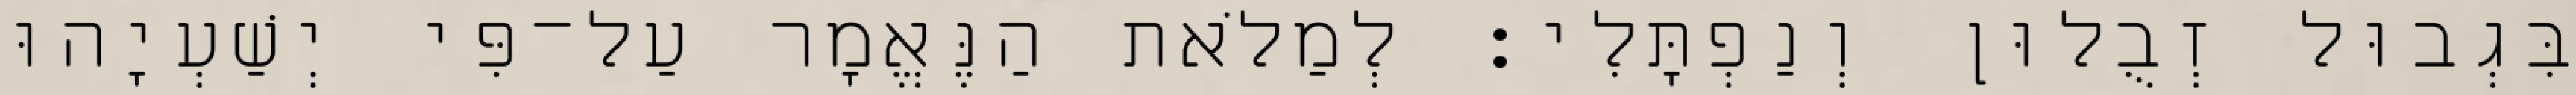
בִּגְבוּל זְבֻלוּן וְנַפְתָּלִי׃ לְמַלֹאת הַנֶּאֱמָר עַל־פִּי יְשַׁעְיָהוּ